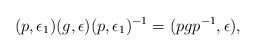
LaTeX: \begin{align*}(p,\epsilon_1)(g,\epsilon)(p,\epsilon_1)^{-1}=(pgp^{-1},\epsilon),\end{align*}